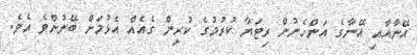
އޭނާއާއި އޭނާގެ އަންހެނުން ރިޓަޔާ ކުރުމުގެ ކުރިން ގެއެއް އެޅުމަށް ބޭނުންވެ އެވެ.